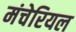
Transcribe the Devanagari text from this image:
मंचेरियल